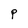
Character: P